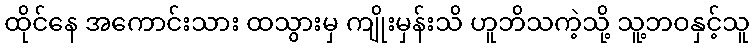
ထိုင်နေ အကောင်းသား ထသွားမှ ကျိုးမှန်းသိ ဟူဘိသကဲ့သို့ သူ့ဘဝနှင့်သူ